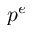
p ^ { e }